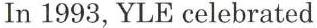
In 1993, YLE celebrated